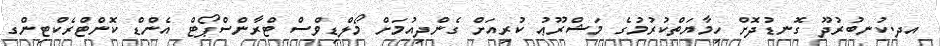
އދ.ކުނބުރުދޫ ގޮނޑުދޮށް ހިމާޔަތްކުރުމުގެ މަޝްރޫޢު ކުރިއަށް ގެންދިއުމަށް މޯލްޑިވްސް ޓްރާންސްޕޯޓް އެންޑް ކޮންޓްރެކްޓިންގ